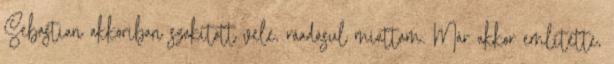
Sebastian akkoriban szakított vele, ráadásul miattam. Már akkor említette,